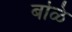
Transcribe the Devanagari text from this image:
बळि